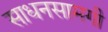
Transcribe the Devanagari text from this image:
साधनसामगी